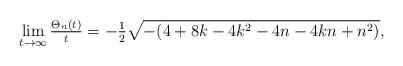
LaTeX: \begin{align*}\lim_{t\rightarrow\infty}\tfrac{\Theta_n(t)}{t}=-\tfrac{1}{2}\sqrt{-(4+8k-4k^2 -4n-4kn+n^2)},\end{align*}